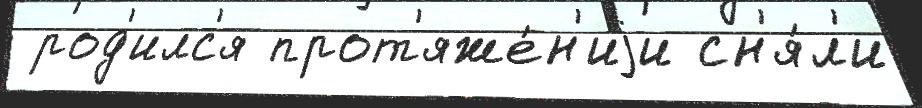
 род'илс'я прот'яже́н'иjи сн'я́л'и